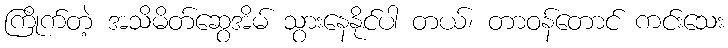
ကြိုက်တဲ့ အသိမိတ်ဆွေအိမ် သွားနေနိုင်ပါ တယ်၊ တာဝန်တောင် ကင်းသေး